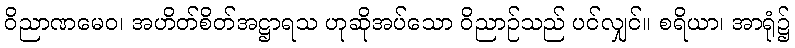
ဝိညာဏမေဝ၊ အဟိတ်စိတ်အဋ္ဌာရသ ဟုဆိုအပ်သော ဝိညာဉ်သည် ပင်လျှင်။ စရိယာ၊ အာရုံ၌